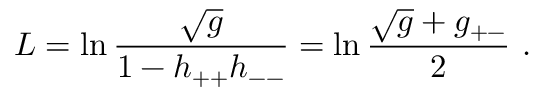
L = \ln \frac { \sqrt g } { 1 - h _ { + + } h _ { -- } } = \ln \frac { \sqrt g + g _ { + - } } { 2 } \ .